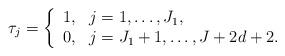
LaTeX: \begin{align*}\tau_j = \left\{ \begin{array}{ll}1, & j =1,\dots,J_1, \\ 0, & j =J_1+1,\dots,J+2d+2.\end{array} \right. \end{align*}